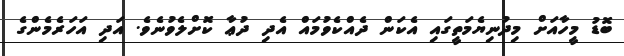
ބޮޑު މީހާއަށް މިދުނިޔެމަތީގައި އެކަން ދެއްކެވުމައް އެދި ދުޢާ ކޮށްލެވުނެވެ. އަދި އަހަރެމެންގެ